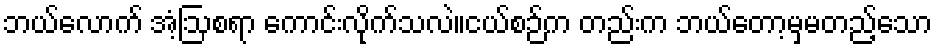
ဘယ်လောက် အံ့ဩစရာ ကောင်းလိုက်သလဲ။ငယ်စဉ်က တည်းက ဘယ်တော့မှမတည့်သော